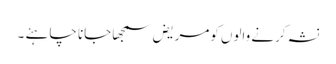
نشہ کرنے والوں کومریض سمجھا جانا چاہئے ۔